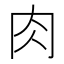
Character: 肉